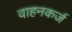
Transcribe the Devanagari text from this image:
वाहनकर्ज